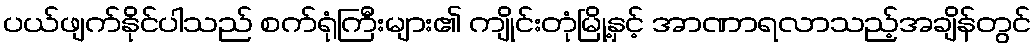
ပယ်ဖျက်နိုင်ပါသည် စက်ရုံကြီးများ၏ ကျိုင်းတုံမြို့နှင့် အာဏာရလာသည့်အချိန်တွင်